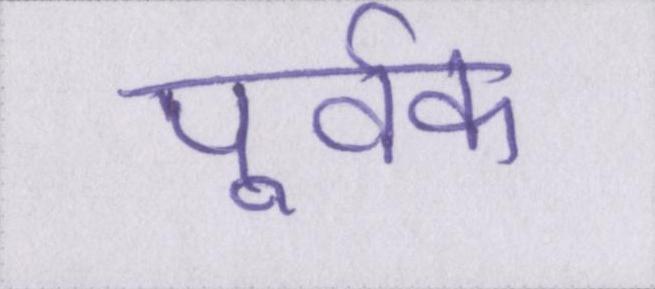
पूर्वक